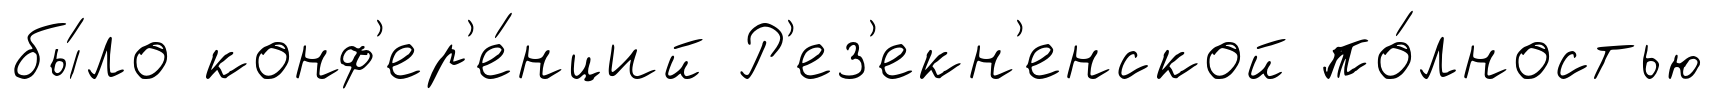
бы́ло конф'ер'е́нций Р'ез'екн'енской по́лностью